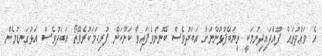
އެ ވަޢުދުތައް ފުއްދައިދިނުމަކީ ތިޔަބޭފުޅުންނަށް އަބަދުވެސް ބޭނުންވެފައިވާ ކަންކަން ފުރިހަމަކުރެވޭތޯ އަބަދުވެސް އަޅުގަނޑުމެން